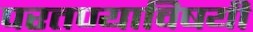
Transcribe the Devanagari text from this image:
परतण्याविषयी